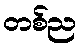
တစ်ည